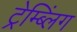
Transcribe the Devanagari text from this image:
ट्रेम्ब्लिंग